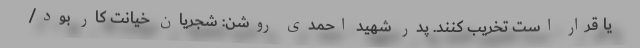
یا قرار است تخریب کنند. پدر شهید احمدی روشن: شجریان خیانت کار بود/